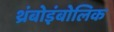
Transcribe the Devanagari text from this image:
थ्रंबोइंबोलिक